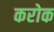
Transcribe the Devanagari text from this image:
करोक